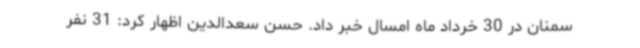
سمنان در 30 خرداد ماه امسال خبر داد. حسن سعدالدین اظهار کرد: 31 نفر